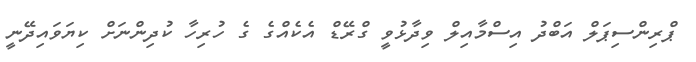
ޕްރިންސިޕަލް އަބްދު އިސްމާއިލް ވިދާޅުވީ ގްރޭޑް އެކެއްގެ ގެ ހުރިހާ ކުދިންނަށް ކިޔަވައިދޭނީ